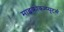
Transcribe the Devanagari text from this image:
माइक्रोकम्प्यूटर्स